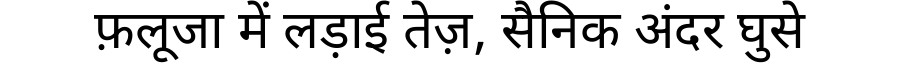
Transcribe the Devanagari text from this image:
फ़लूजा में लड़ाई तेज़, सैनिक अंदर घुसे